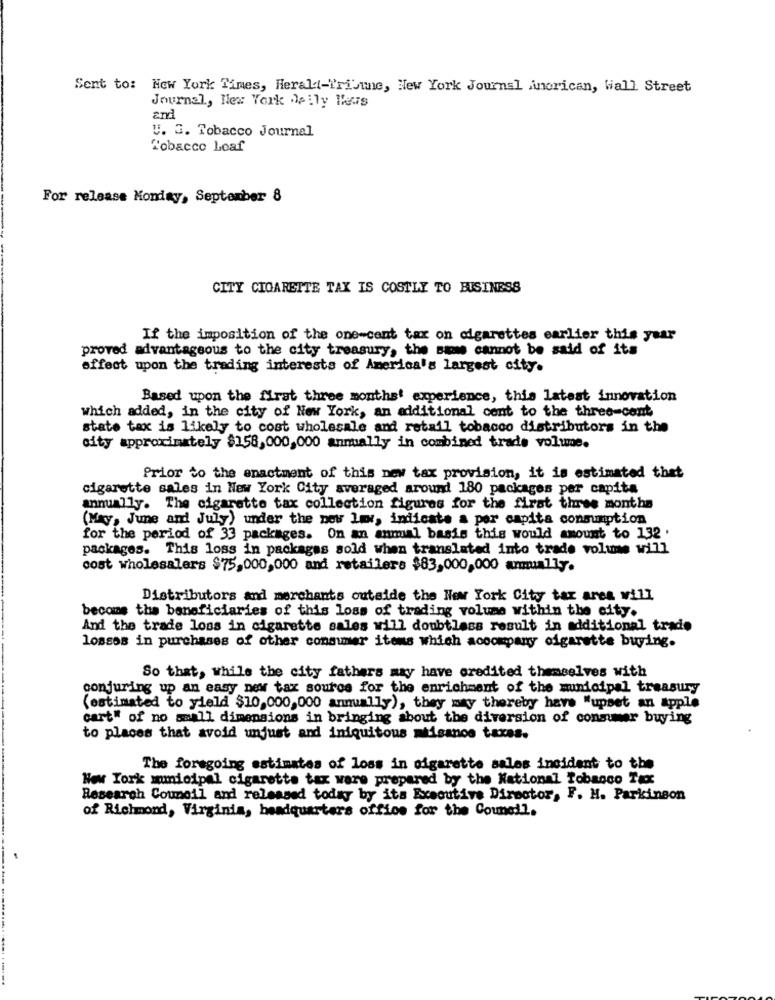
Sent to: New York Times, Herald-Tribune, New York Journal American, Wall Street
Journal, New York daily Thus
U. G. Tobacco Journal
Tobacco Leaf
For release Monday, September 8
CITY CIGARETTE TAX IS COSTLY TO BUSINESS
If the imposition of the one-cent tax on cigarettes earlier this year
proved advantageous to the city treasury, the siwe cannot be said of its
effect upon the trading interests of America's largest city.
Based upon the first three months' experience, this latest innovation
which added, in the city of New York, an additional cont to the three-cont
state tax is likely to cost wholesale and retail tobacco distributors in the
city approximately $158,000,000 annually in combined trade volume.
Prior to the enactment of this new tax provision, it is estimated that
cigarette sales in New York City averaged around 180 packages per capita
annually. The cigarette tax collection figures for the first three months
(May, June and July) under the new law, indicate a per capita conmmption
for the period of 33 packages. On an anmal basis this would amount to 132 .
packages. This loss in packages sold when translated into trade volume will
cost wholesalers $75,000,000 and retailers $83,000,000 annually.
Distributors and merchants outside the New York City tax area will
become the beneficiaries of this loss of trading volume within the city.
And the trade loss in cigarette sales will doubtless result in additional trade
losses in purchases of other consumer items which accompany cigarette buying.
So that, while the city fathers may have credited themselves with
conjuring up an easy new tax source for the enrichment of the municipal treasury
(estimated to yield $10,000,000 annually), they may thereby have "upset an apple
cart" of no small dimensions in bringing about the diversion of consumer buying
to places that avoid unjust and iniquitous mtisanos taxes.
The foregoing estimates of loss in cigarette sales incident to the
New York municipal cigarette tax ware prepared by the National Tobanco Tacx
Research Council and released today by its Executive Director, F. H. Parkinson
of Richmond, Virginia, headquarters office for the Council.